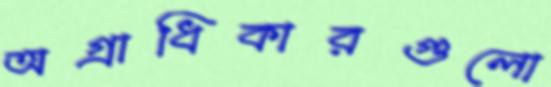
অগ্রাধিকারগুলো